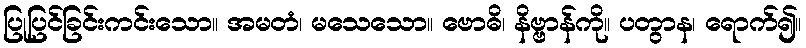
ပြုပြင်ခြင်းကင်းသော။ အမတံ၊ မသေသော။ ဗောဓိ၊ နိဗ္ဗာန်ကို။ ပတွာန၊ ရောက်၍။